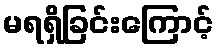
မရရှိခြင်းကြောင့်